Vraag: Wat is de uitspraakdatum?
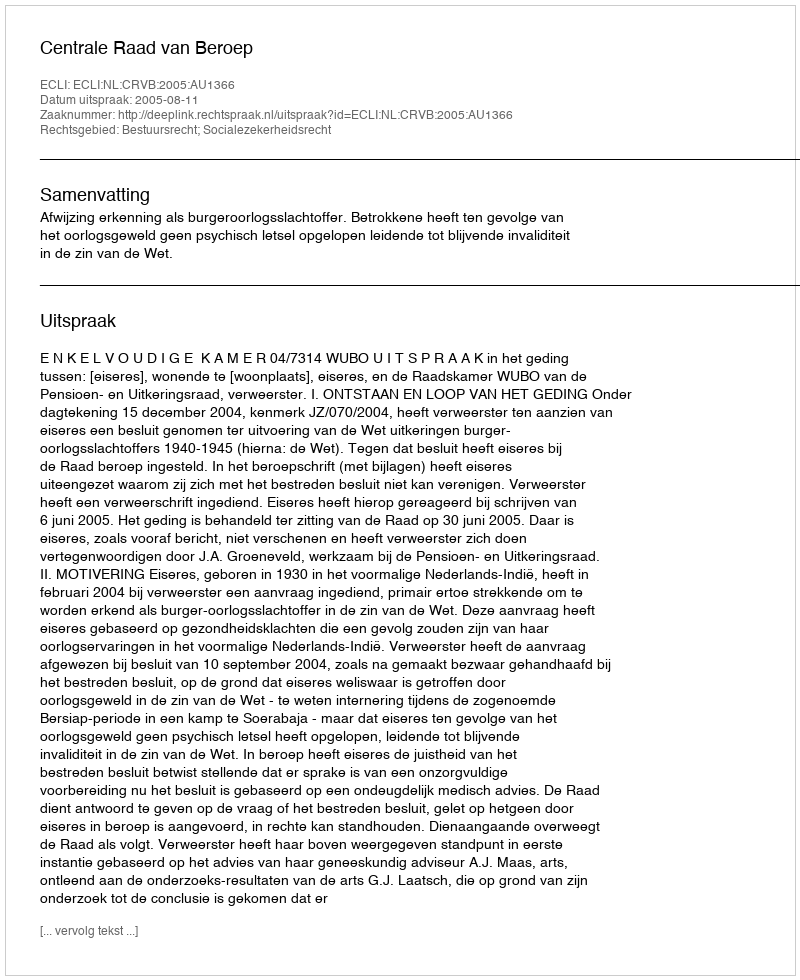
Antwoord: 2005-08-11